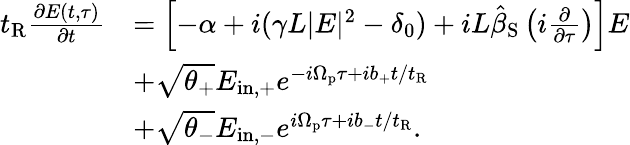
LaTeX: \begin{array}{rl}{t_{\mathrm{R}}\frac{\partial E(t,\tau)}{\partial t}}&{=\left[-\alpha+i(\gamma L|E|^{2}-\delta_{0})+iL\hat{\beta}_{\mathrm{S}}\left(i\frac{\partial}{\partial\tau}\right)\right]E}\\ &{+\sqrt{\theta_{+}}E_{\mathrm{in,+}}e^{-i\Omega_{\mathrm{p}}\tau+ib_{+}t/t_{\mathrm{R}}}}\\ &{+\sqrt{\theta_{-}}E_{\mathrm{in,-}}e^{i\Omega_{\mathrm{p}}\tau+ib_{-}t/t_{\mathrm{R}}}.}\end{array}